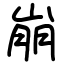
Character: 崩